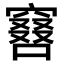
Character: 𠿡